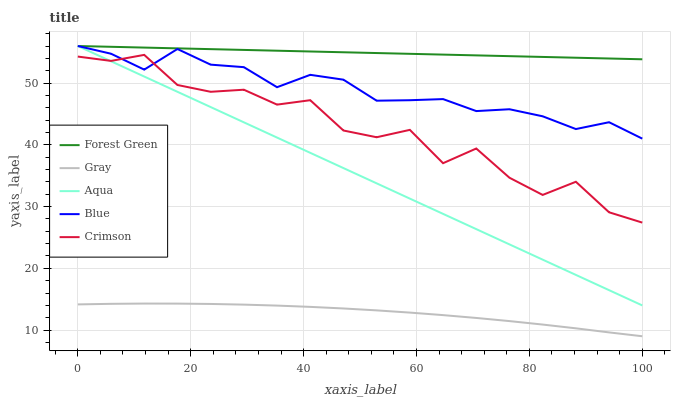
| xaxis_label | Forest Green | Gray | Aqua | Blue | Crimson |
 | --- | --- | --- | --- | --- | --- |
 | 0 | 56 | 14.2 | 56 | 56 | 54.3 |
 | 5.88 | 55.9 | 14.3 | 53.5 | 54.8 | 53.6 |
 | 11.8 | 55.7 | 14.3 | 51.1 | 52.2 | 54.6 |
 | 17.6 | 55.6 | 14.3 | 48.6 | 55.5 | 49.7 |
 | 23.5 | 55.5 | 14.2 | 46.1 | 53 | 48.6 |
 | 29.4 | 55.4 | 14.1 | 43.6 | 52.6 | 48.9 |
 | 35.3 | 55.2 | 14 | 41.2 | 49.3 | 46.5 |
 | 41.2 | 55.1 | 13.8 | 38.7 | 51.3 | 47.2 |
 | 47.1 | 55 | 13.5 | 36.2 | 50.5 | 42.3 |
 | 52.9 | 54.9 | 13.2 | 33.8 | 47.1 | 41.2 |
 | 58.8 | 54.7 | 12.8 | 31.3 | 47.2 | 42.4 |
 | 64.7 | 54.6 | 12.4 | 28.8 | 47.4 | 37 |
 | 70.6 | 54.5 | 12 | 26.3 | 45.5 | 39.4 |
 | 76.5 | 54.4 | 11.5 | 23.9 | 45.8 | 34.7 |
 | 82.4 | 54.2 | 10.9 | 21.4 | 44.6 | 31.9 |
 | 88.2 | 54.1 | 10.3 | 18.9 | 42.6 | 34 |
 | 94.1 | 54 | 9.62 | 16.5 | 43.7 | 29.1 |
 | 100 | 53.9 | 9 | 14 | 41 | 27.4 |